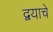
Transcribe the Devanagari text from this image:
द्वयाचे